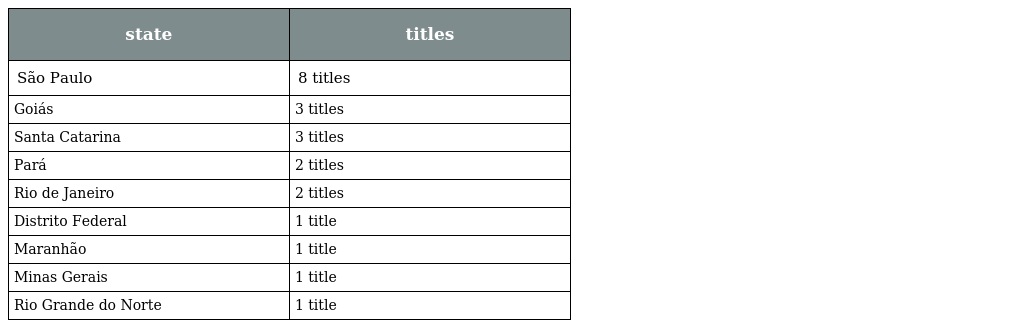
| state | titles |
 | --- | --- |
 | São Paulo | 8 titles |
 | Goiás | 3 titles |
 | Santa Catarina | 3 titles |
 | Pará | 2 titles |
 | Rio de Janeiro | 2 titles |
 | Distrito Federal | 1 title |
 | Maranhão | 1 title |
 | Minas Gerais | 1 title |
 | Rio Grande do Norte | 1 title |